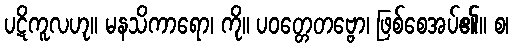
ပဋိကူလဟု။ မနသိကာရော၊ ကို။ ပဝတ္တေတဗ္ဗော၊ ဖြစ်စေအပ်၏။ စ၊